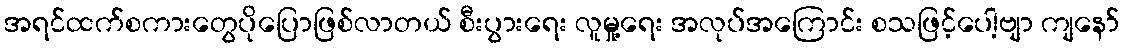
အရင်ထက်စကားတွေပိုပြောဖြစ်လာတယ် စီးပွားရေး လူမှု့ရေး အလုပ်အကြောင်း စသဖြင့်ပေါ့ဗျာ ကျနော်